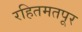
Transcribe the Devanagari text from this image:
रहितमतपूर